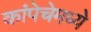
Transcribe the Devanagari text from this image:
कांपेचेमध्ये